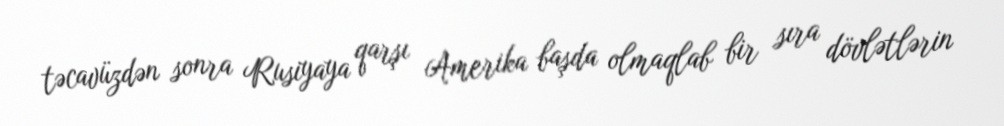
təcavüzdən sonra Rusiyaya qarşı Amerika başda olmaqlab bir sıra dövlətlərin